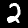
Digit: 2